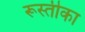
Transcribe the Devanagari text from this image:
रूस्तीका